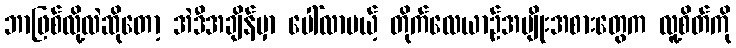
ဘာဖြစ်လို့လဲဆိုတော့ အဲဒီအချိန်မှာ ပေါ်လာမယ့် တိုက်လေယာဉ်အမျိုးအစားတွေက လူ့စိတ်ကို